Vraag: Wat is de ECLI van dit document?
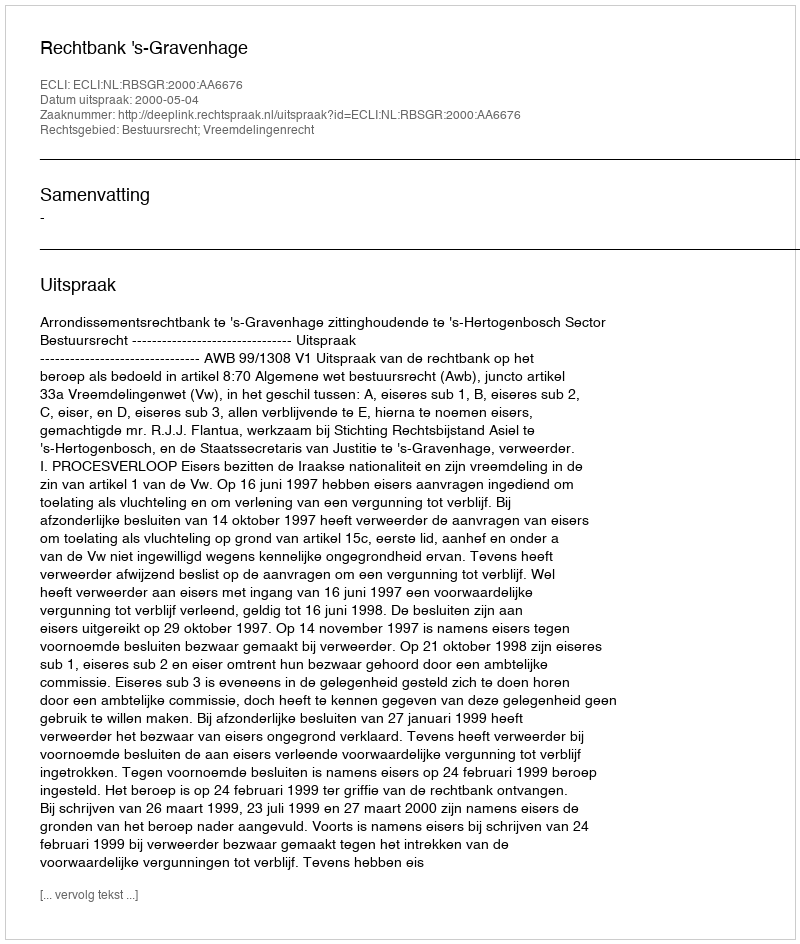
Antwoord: ECLI:NL:RBSGR:2000:AA6676